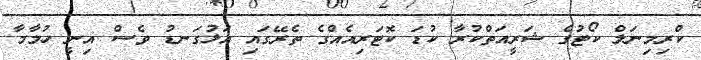
ކްރިމިނަލް ކޯޓުގެ ޝަރީއަތްކުރާ ކުޑަ ކޮޓަރިއެއްގެ ތެރޭގައި އަޅުގަނޑު ވެސް އިނީ ހުމާމާ